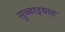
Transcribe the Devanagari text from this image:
सुब्बाइयाह